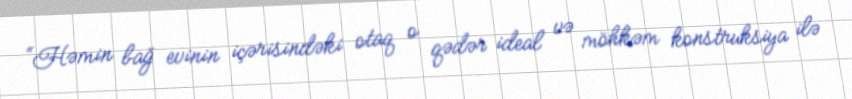
“Həmin bağ evinin içərisindəki otaq o qədər ideal və möhkəm konstruksiya ilə